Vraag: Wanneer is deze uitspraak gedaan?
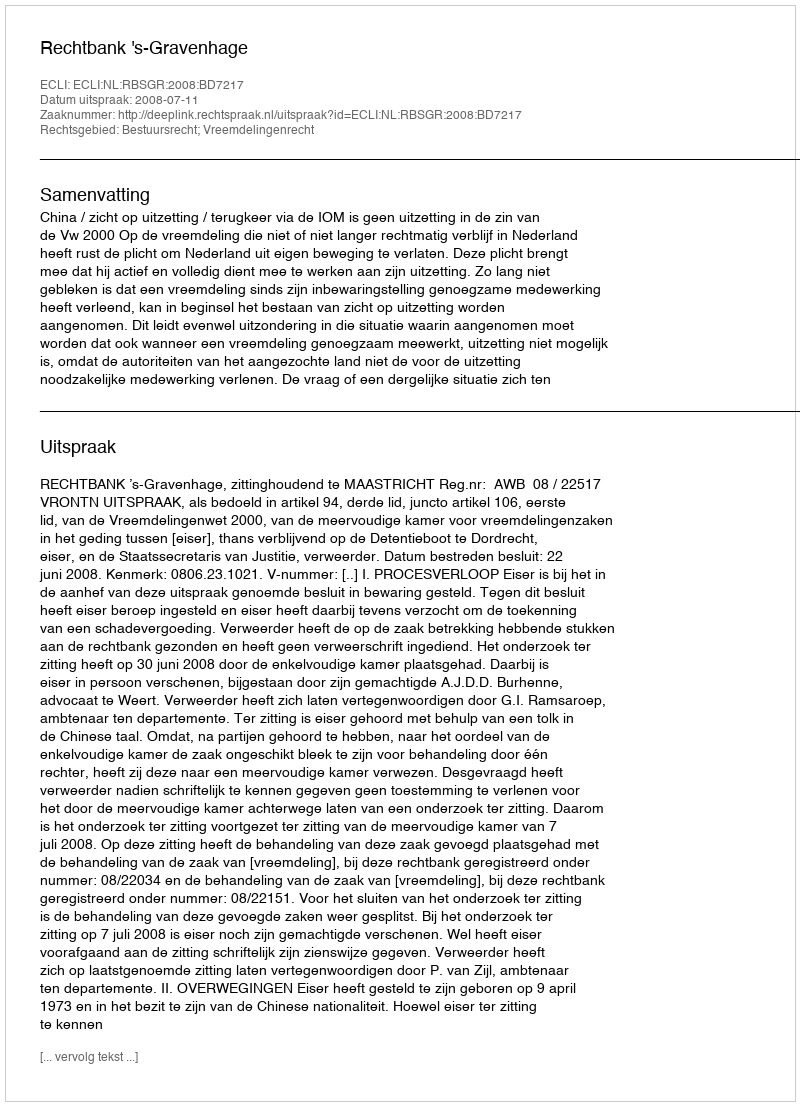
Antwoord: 2008-07-11